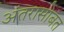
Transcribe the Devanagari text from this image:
अंतरासोबत